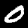
Digit: 0